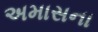
અમાસના